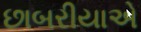
છાબરીયાએ